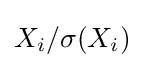
X_{i}/\sigma (X_{i})